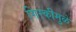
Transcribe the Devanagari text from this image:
गिरकीमुळे